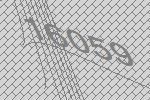
16059